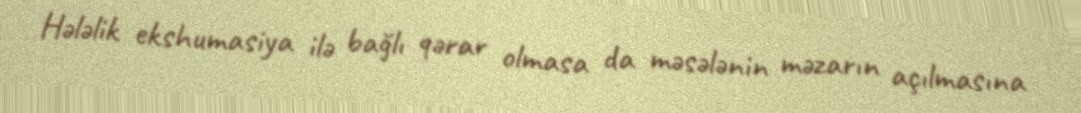
Hələlik ekshumasiya ilə bağlı qərar olmasa da məsələnin məzarın açılmasına